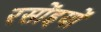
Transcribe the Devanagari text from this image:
रसोंइयों